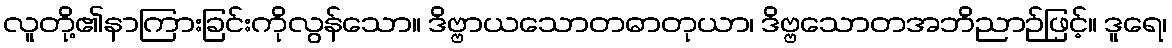
လူတို့၏နာကြားခြင်းကိုလွန်သော။ ဒိဗ္ဗာယသောတဓာတုယာ၊ ဒိဗ္ဗသောတအဘိညာဉ်ဖြင့်။ ဒူရေ၊